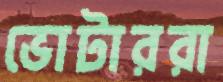
ভোটাররা